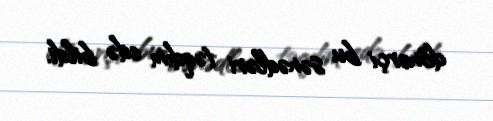
dönərçi bu sənədləri təqdim edə bildi.